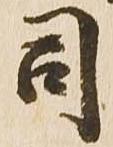
司